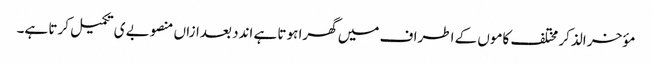
مؤخر الذکر مختلف کاموں کے اطراف میں گھرا ہوتا ہے اندد بعدازاں منصوبے ی تکمیل کرتا ہے۔